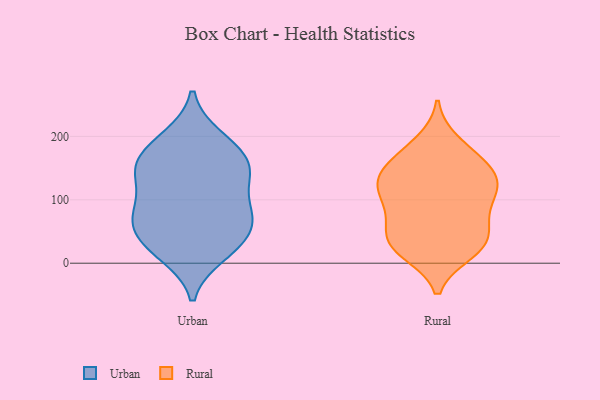
{"axis": {"x": "LTV (USD)", "y": "Value"}, "legend": ["Rural", "Urban"], "data": [{"x": "", "y": 84, "type": "Urban"}, {"x": "", "y": 200, "type": "Urban"}, {"x": "", "y": 23, "type": "Urban"}, {"x": "", "y": 59, "type": "Urban"}, {"x": "", "y": 168, "type": "Urban"}, {"x": "", "y": 99, "type": "Urban"}, {"x": "", "y": 78, "type": "Urban"}, {"x": "", "y": 58, "type": "Urban"}, {"x": "", "y": 15, "type": "Urban"}, {"x": "", "y": 148, "type": "Urban"}, {"x": "", "y": 166, "type": "Urban"}, {"x": "", "y": 146, "type": "Urban"}, {"x": "", "y": 200, "type": "Urban"}, {"x": "", "y": 45, "type": "Urban"}, {"x": "", "y": 137, "type": "Urban"}, {"x": "", "y": 12, "type": "Urban"}, {"x": "", "y": 164, "type": "Urban"}, {"x": "", "y": 53, "type": "Urban"}, {"x": "", "y": 89, "type": "Urban"}, {"x": "", "y": 133, "type": "Urban"}, {"x": "", "y": 70, "type": "Rural"}, {"x": "", "y": 17, "type": "Rural"}, {"x": "", "y": 130, "type": "Rural"}, {"x": "", "y": 162, "type": "Rural"}, {"x": "", "y": 55, "type": "Rural"}, {"x": "", "y": 33, "type": "Rural"}, {"x": "", "y": 130, "type": "Rural"}, {"x": "", "y": 175, "type": "Rural"}, {"x": "", "y": 29, "type": "Rural"}, {"x": "", "y": 109, "type": "Rural"}, {"x": "", "y": 143, "type": "Rural"}, {"x": "", "y": 148, "type": "Rural"}, {"x": "", "y": 95, "type": "Rural"}, {"x": "", "y": 28, "type": "Rural"}, {"x": "", "y": 120, "type": "Rural"}, {"x": "", "y": 69, "type": "Rural"}, {"x": "", "y": 191, "type": "Rural"}, {"x": "", "y": 23, "type": "Rural"}, {"x": "", "y": 112, "type": "Rural"}]}